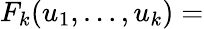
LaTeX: F_{k}(u_{1},\dots,u_{k})=